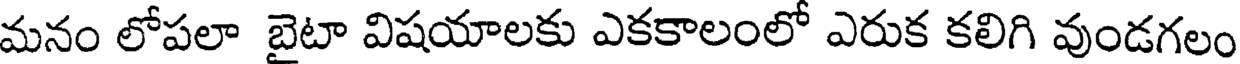
మనం లోపలా బైటా విషయాలకు ఎకకాలంలో ఎరుక కలిగి వుండగలం